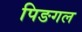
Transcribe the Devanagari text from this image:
पिङगल